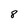
Character: 8